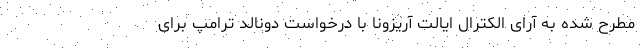
مطرح شده به آرای الکترال ایالت آریزونا با درخواست دونالد ترامپ برای